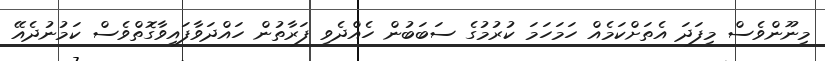
މިނޫންވެސް މިފަދަ އެތަށްކަމެއް ހަމަހަމަ ކުރުމުގެ ސަބަބުން ހެއްދެވި ފަރާތުން ހައްދަވާފައިވާގޮތްވެސް ކަމުނުދެއޭ